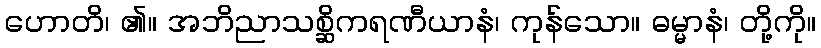
ဟောတိ၊ ၏။ အဘိညာသစ္ဆိကရဏီယာနံ၊ ကုန်သော။ ဓမ္မာနံ၊ တို့ကို။